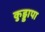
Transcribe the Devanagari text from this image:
कुड्डापा